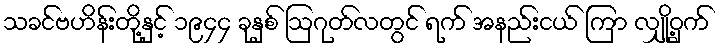
သခင်ဗဟိန်းတို့နှင့် ၁၉၄၄ ခုနှစ် ဩဂုတ်လတွင် ရက် အနည်းငယ် ကြာ လျှို့ဝှက်